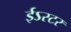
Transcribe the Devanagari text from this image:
ईऽस्टर